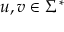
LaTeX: u , v \in \Sigma ^ { * }